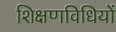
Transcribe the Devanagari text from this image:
शिक्षणविधियों